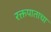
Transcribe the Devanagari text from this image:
रक्तपाताचा